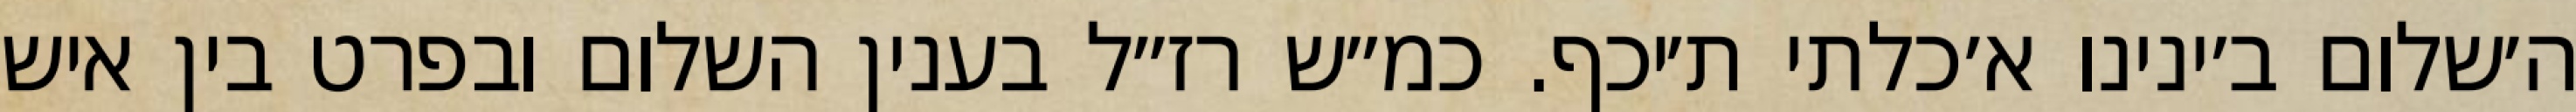
ה׳שלום ב׳ינינו א׳כלתי ת׳יכף. כמ״ש רז״ל בענין השלום ובפרט בין איש